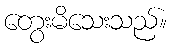
တွေးမိသေးသည်။